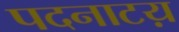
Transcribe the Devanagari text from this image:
पदनाटय़